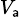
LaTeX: \scriptstyle{V_{\mathsf{a}}}